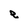
Character: e